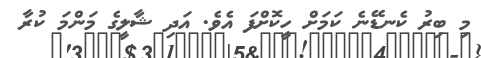
މި ބިރު ކެނޑޭނެ ކަމަށް ހީކޮށްފަ އެވެ. އަދި ޝާލީގެ މަންމަ ކުރާ